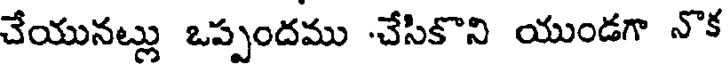
చేయునట్లు ఒప్పందము చేసికొని యుండగా నొక